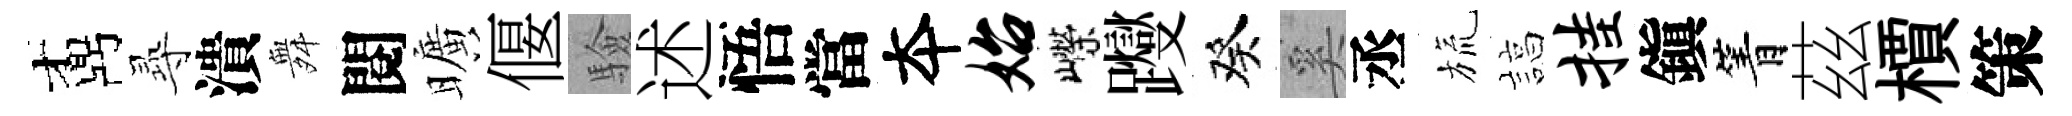
鼒𡬶潰舞閱曠偃驗述悟當夲始嶸躞癸奚丞旒諄挂鎭箐茲檟策